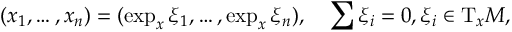
( x _ { 1 } , \dots , x _ { n } ) = ( \exp _ { x } \xi _ { 1 } , \dots , \exp _ { x } \xi _ { n } ) , \quad \sum \xi _ { i } = 0 , \xi _ { i } \in \mathrm { T } _ { x } { \cal M } ,